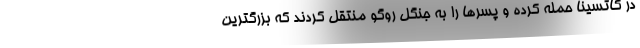
در کاتسینا حمله کرده و پسرها را به جنگل روگو منتقل کردند که بزرگترین